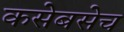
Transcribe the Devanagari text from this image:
कसेबसेच